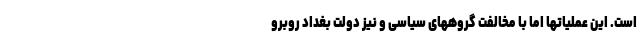
است. این عملیاتها اما با مخالفت گروههای سیاسی و نیز دولت بغداد روبرو